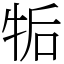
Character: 㸸